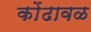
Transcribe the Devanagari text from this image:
कोंढावळ